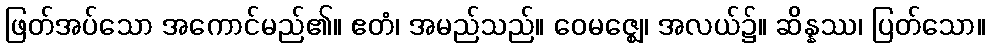
ဖြတ်အပ်သော အကောင်မည်၏။ ဧတံ၊ အမည်သည်။ ဝေမဇ္ဈေ၊ အလယ်၌။ ဆိန္နဿ၊ ပြတ်သော။